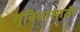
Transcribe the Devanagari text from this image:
सुविधासाठी